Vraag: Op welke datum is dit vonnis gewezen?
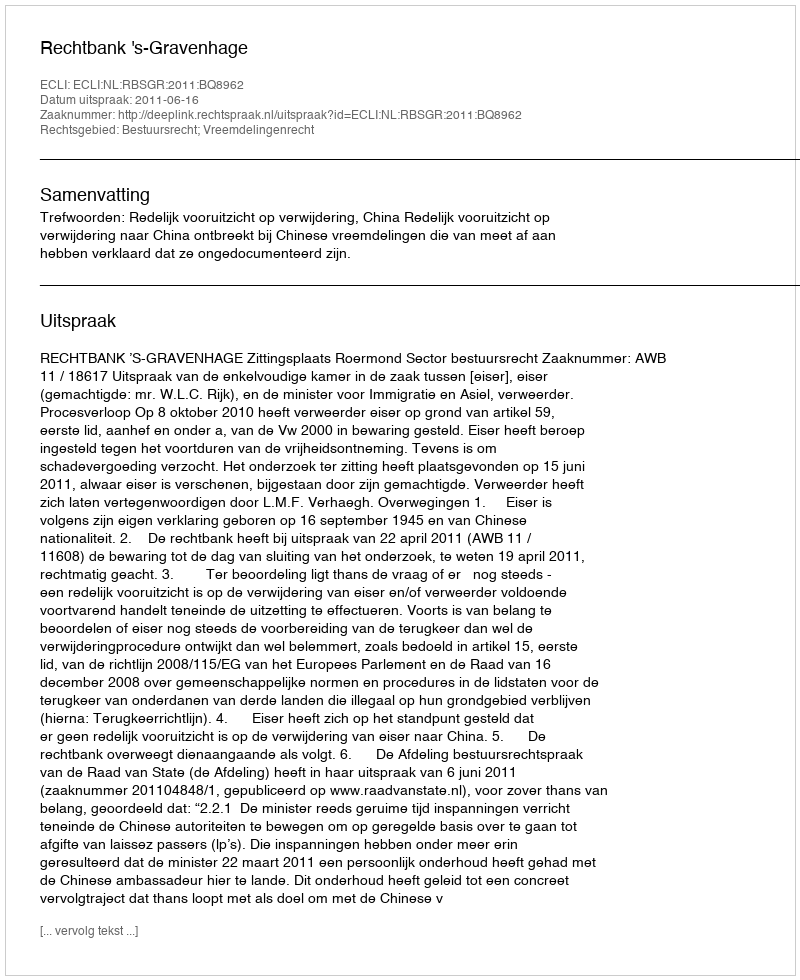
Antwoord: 2011-06-16